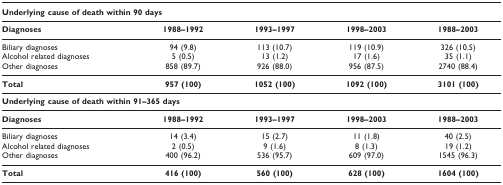
<table><thead><tr><td colspan="5"><b>Underlying cause of death within 90 days</b></td></tr></thead><tbody><tr><td><b>Diagnoses</b></td><td><b>1988–1992</b></td><td><b>1993–1997</b></td><td><b>1998–2003</b></td><td><b>1988–2003</b></td></tr><tr><td>Biliary diagnoses</td><td>94 (9.8)</td><td>113 (10.7)</td><td>119 (10.9)</td><td>326 (10.5)</td></tr><tr><td>Alcohol related diagnoses</td><td>5 (0.5)</td><td>13 (1.2)</td><td>17 (1.6)</td><td>35 (1.1)</td></tr><tr><td>Other diagnoses</td><td>858 (89.7)</td><td>926 (88.0)</td><td>956 (87.5)</td><td>2740 (88.4)</td></tr><tr><td><b>Total</b></td><td><b>957 (100)</b></td><td><b>1052 (100)</b></td><td><b>1092 (100)</b></td><td><b>3101 (100)</b></td></tr><tr><td colspan="5"><b>Underlying cause of death within 91–365 days</b></td></tr><tr><td><b>Diagnoses</b></td><td><b>1988–1992</b></td><td><b>1993–1997</b></td><td><b>1998–2003</b></td><td><b>1988–2003</b></td></tr><tr><td>Biliary diagnoses</td><td>14 (3.4)</td><td>15 (2.7)</td><td>11 (1.8)</td><td>40 (2.5)</td></tr><tr><td>Alcohol related diagnoses</td><td>2 (0.5)</td><td>9 (1.6)</td><td>8 (1.3)</td><td>19 (1.2)</td></tr><tr><td>Other diagnoses</td><td>400 (96.2)</td><td>536 (95.7)</td><td>609 (97.0)</td><td>1545 (96.3)</td></tr><tr><td><b>Total</b></td><td><b>416 (100)</b></td><td><b>560 (100)</b></td><td><b>628 (100)</b></td><td><b>1604 (100)</b></td></tr></tbody></table>